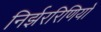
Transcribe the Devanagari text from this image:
निर्झररिणियों